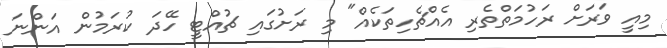
މިއީ ވަރަށް ރަހުމަތްތެރި އެއްޗެހިތަކެއް" މި ރަށުގައި ޗުއްޓީ ހޭދަ ކުރަމުން އަންނަ